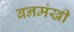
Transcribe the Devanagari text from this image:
बनमंखी